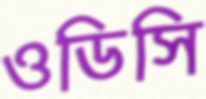
ওডিসি